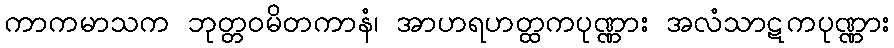
ကာကမာသက ဘုတ္တဝမိတကာနံ၊ အာဟရဟတ္ထကပုဏ္ဏား အလံသာဋကပုဏ္ဏား